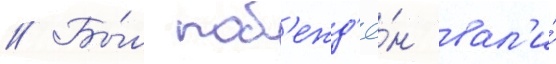
// Бы́л поб'ежд'ё́н вал'и́